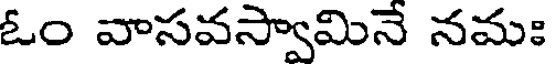
ఓం వాసవస్వామినే నమః